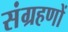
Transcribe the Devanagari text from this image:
संग्रहणों